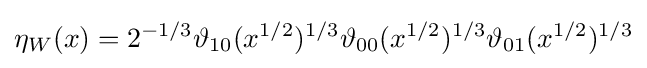
\eta _{W}(x)=2^{-1/3}\vartheta _{10}(x^{1/2})^{1/3}\vartheta _{00}(x^{1/2})^{1/3}\vartheta _{01}(x^{1/2})^{1/3}